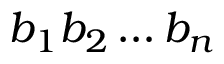
b _ { 1 } b _ { 2 } \dots b _ { n }